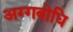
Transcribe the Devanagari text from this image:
अग्गबोधि